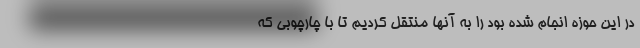
در این حوزه انجام شده بود را به آنها منتقل کردیم تا با چارچوبی که